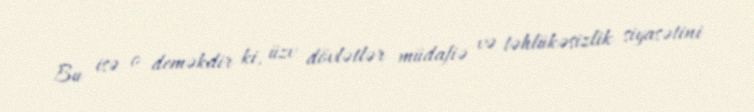
Bu isə o deməkdir ki, üzv dövlətlər müdafiə və təhlükəsizlik siyasətini